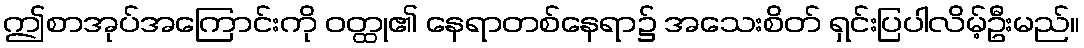
ဤစာအုပ်အကြောင်းကို ဝတ္ထု၏ နေရာတစ်နေရာ၌ အသေးစိတ် ရှင်းပြပါလိမ့်ဦးမည်။